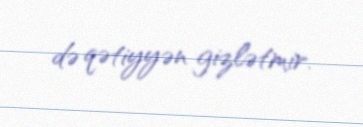
də qətiyyən gizlətmir.